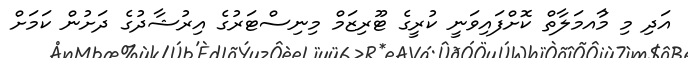
އަދި މި މުާއމަލާތް ކޮށްފައިވަނީ ކުރީގެ ޓޫރިޒަމް މިނިސްޓަރުގެ އިރުޝާދުގެ ދަށުން ކަމަށް